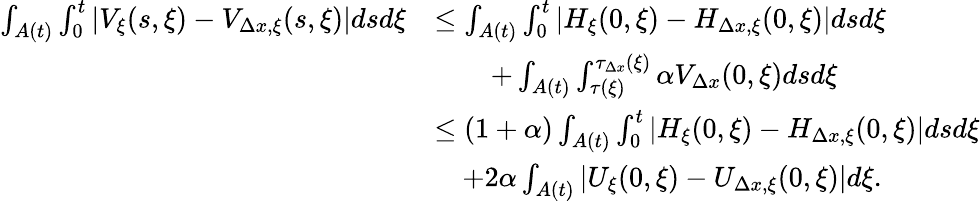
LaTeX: \begin{array}{rl}{\int_{A(t)}\int_{0}^{t}|V_{\xi}(s,\xi)-V_{\Delta x,\xi}(s,\xi)|dsd\xi}&{\leq\int_{A(t)}\int_{0}^{t}\left|H_{\xi}(0,\xi)-H_{\Delta x,\xi}(0,\xi)\right|dsd\xi}\\ &{\qquad+\int_{A(t)}\int_{\tau(\xi)}^{\tau_{\Delta x}(\xi)}\alpha V_{\Delta x}(0,\xi)dsd\xi}\\ &{\leq\left(1+\alpha\right)\int_{A(t)}\int_{0}^{t}\left|H_{\xi}(0,\xi)-H_{\Delta x,\xi}(0,\xi)\right|dsd\xi}\\ &{\quad+2\alpha\int_{A(t)}\left|U_{\xi}(0,\xi)-U_{\Delta x,\xi}(0,\xi)\right|d\xi.}\end{array}